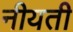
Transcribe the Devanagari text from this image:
नीयती